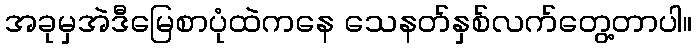
အခုမှအဲဒီမြေစာပုံထဲကနေ သေနတ်နှစ်လက်တွေ့တာပါ။